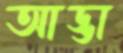
আড্ডা